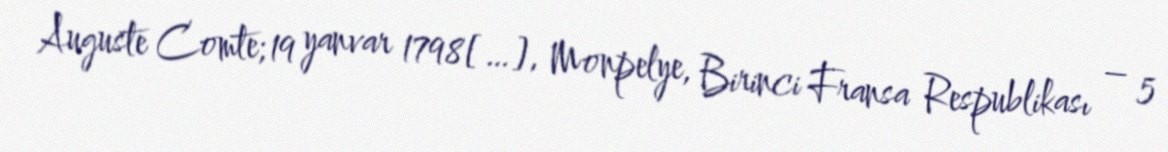
Auguste Comte; 19 yanvar 1798[…], Monpelye, Birinci Fransa Respublikası – 5